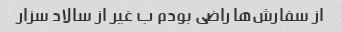
از سفارش‌ها راضی بودم ب غیر از سالاد سزار